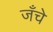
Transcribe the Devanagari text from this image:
जँचे